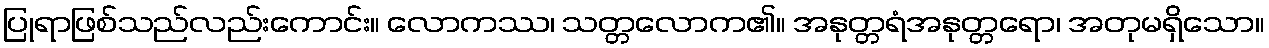
ပြုရာဖြစ်သည်လည်းကောင်း။ လောကဿ၊ သတ္တလောက၏။ အနုတ္တရံအနုတ္တရော၊ အတုမရှိသော။